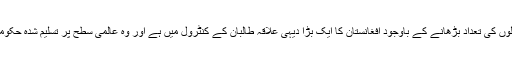
امریکی فوجیوں کی تعداد دگنی کرنے، گزشتہ برس فضائی حملوں کی تعداد بڑھانے کے باوجود افغانستان کا ایک بڑا دیہی علاقہ طالبان کے کنٹرول میں ہے اور وہ عالمی سطح پر تسلیم شدہ حکومت کو جارحانہ انداز سے ناکام کرنے کی کوشش کر رہے ہیں۔